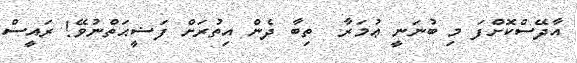
އާދޭސްކޮށްފަ މި ބުނަނީ ޢުމަރާ  ތިބާ ދެން އިތުރަށް ފަޟީޙަތްނުވޭ! ރައީސް